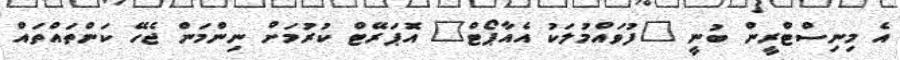
އެ މިނިސްޓްރީން ބުނީ "ފުވައްމުލަކު އެއާޕޯޓް" އޮޕަރޭޓް ކުރުމަށް ނިންމަން ޖެހޭ ކަންތައްތައް